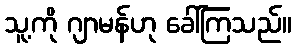
သူ့ကို ဂျာမန်ဟု ခေါ်ကြသည်။